Annual report on the Civil Veterinary Department, Burma (including the Insein Veterinary School) - 1923-1931
Year: 1923
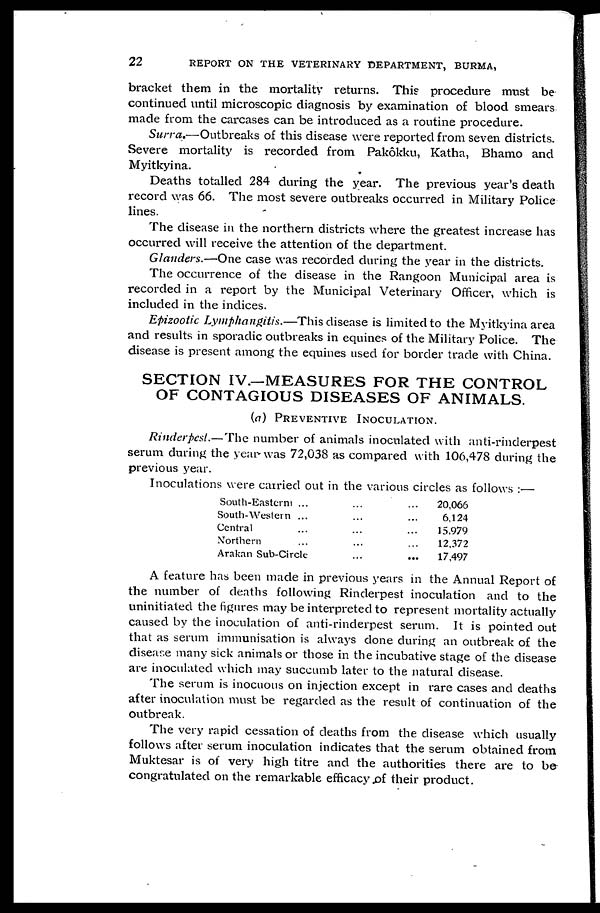
22
REPORT ON THE VETERINARY DEPARTMENT, BURMA,
bracket them in the mortality returns. This procedure must be
continued until microscopic diagnosis by examination of blood smears
made from the carcases can be introduced as a routine procedure.
Surra.—Outbreaks of this disease were reported from seven districts.
Severe mortality is recorded from Pakôkku, Katha, Bhamo and
Myitkyina.
Deaths totalled 284 during the year. The previous year's death
record was 66. The most severe outbreaks occurred in Military Police
lines.
The disease in the northern districts where the greatest increase has
occurred will receive the attention of the department.
Glanders.—One case was recorded during the year in the districts.
The occurrence of the disease in the Rangoon Municipal area is
recorded in a report by the Municipal Veterinary Officer, which is
included in the indices.
Epizootic Lymphangitis.—This disease is limited to the Myitkyina area
and results in sporadic outbreaks in equines of the Military Police. The
disease is present among the equines used for border trade with China.
SECTION IV.—MEASURES FOR THE CONTROL
OF CONTAGIOUS DISEASES OF ANIMALS.
(a) PREVENTIVE INOCULATION.
Rinderpest.—The number of animals inoculated with anti-rinderpest
serum during the year was 72,038 as compared with 106,478 during the
previous year.
Inoculations were carried out in the various circles as follows:—
South-Eastern ... ... ...
South-Western ... ... ...
Central ... ... ...
Northern ... ... ...
Arakan Sub-Circle ... ...
20,066
6,124
15,979
12,372
17,497
A feature has been made in previous years in the Annual Report of
the number of deaths following Rinderpest inoculation and to the
uninitiated the figures may be interpreted to represent mortality actually
caused by the inoculation of anti-rinderpest serum. It is pointed out
that as serum immunisation is always done during an outbreak of the
disease many sick animals or those in the incubative stage of the disease
are inoculated which may succumb later to the natural disease.
The serum is inocuous on injection except in rare cases and deaths
after inoculation must be regarded as the result of continuation of the
outbreak.
The very rapid cessation of deaths from the disease which usually
follows after serum inoculation indicates that the serum obtained from
Muktesar is of very high titre and the authorities there are to be
congratulated on the remarkable efficacy of their product.